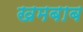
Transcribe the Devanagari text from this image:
खमबाब